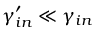
\gamma _ { i n } ^ { \prime } \ll \gamma _ { i n }